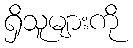
ရှိသူများကို